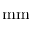
\mathrm { m m }